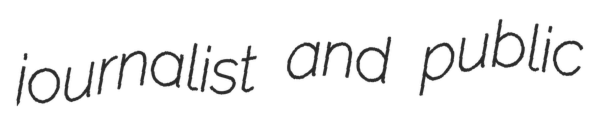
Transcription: journalist and public